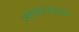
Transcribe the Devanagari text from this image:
आवकजावक